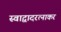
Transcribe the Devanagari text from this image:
स्वाद्वादरत्नाकर